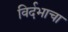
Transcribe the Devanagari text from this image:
विर्दभाचा